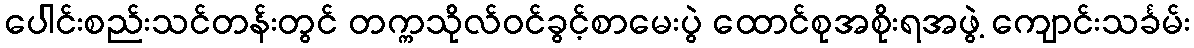
ပေါင်းစည်းသင်တန်းတွင် တက္ကသိုလ်ဝင်ခွင့်စာမေးပွဲ ထောင်စုအစိုးရအဖွဲ့ ကျောင်းသင်္ခမ်း